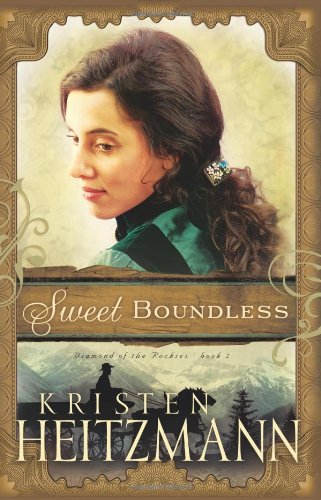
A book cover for Sweet Boundless (Diamond of the Rockies); Kristen Heitzmann; Christian Books & Bibles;